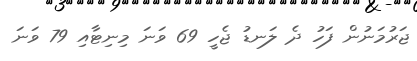
ޖަރުމަނުން ފަހު ދެ ލަނޑު ޖެހީ 69 ވަނަ މިނިޓާއި 79 ވަނަ